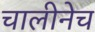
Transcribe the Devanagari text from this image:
चालीनेच